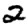
Digit: 2